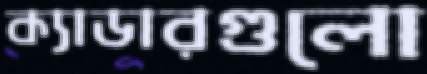
ক্যাডারগুলো